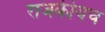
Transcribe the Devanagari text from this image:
राजकीयच